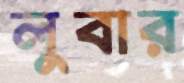
লুবার